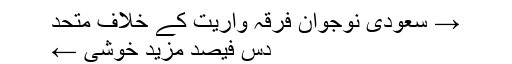
→ سعودی نوجوان فرقہ واریت کے خلاف متحد
دس فیصد مزید خوشی ←